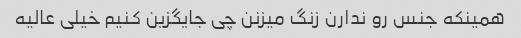
همینکه جنس رو ندارن زنگ میزنن چی جایگزین کنیم خیلی عالیه